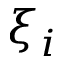
\xi _ { i }